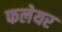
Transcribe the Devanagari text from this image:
फलेयर